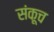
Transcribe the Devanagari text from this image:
संकूच